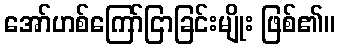
အော်ဟစ်ကြော်ငြာခြင်းမျိုး ဖြစ်၏။